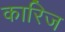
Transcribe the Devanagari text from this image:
कारिज